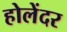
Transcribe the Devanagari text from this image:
होलेंदर